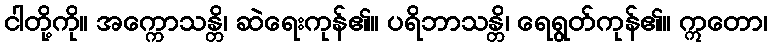
ငါတို့ကို။ အက္ကောသန္တိ၊ ဆဲရေးကုန်၏။ ပရိဘာသန္တိ၊ ရေရွတ်ကုန်၏။ ဣတော၊